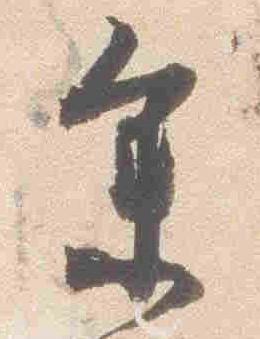
参